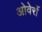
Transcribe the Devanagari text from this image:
ओवेर्री